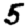
Digit: 5